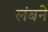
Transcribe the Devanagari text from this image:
लंबने